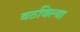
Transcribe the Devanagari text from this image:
वठविल्या